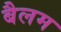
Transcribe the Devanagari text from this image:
बैलम